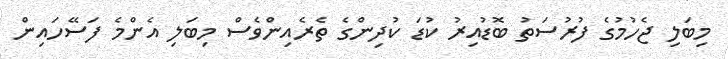
މިބަލި ޖެހުމުގެ ފުރުސަތު ބޮޑުއިރު ކުޑަ ކުދިންގެ ތެރެއިންވެސް މިބަލި އެންމެ ފަސޭހައިން